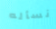
نسأله